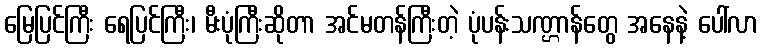
မြေပြင်ကြီး ရေပြင်ကြီး၊ မီးပုံကြီးဆိုတာ အင်မတန်ကြီးတဲ့ ပုံပန်းသဏ္ဌာန်တွေ အနေနဲ့ ပေါ်လာ